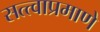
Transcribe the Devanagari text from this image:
सत्त्वाप्रमाणे